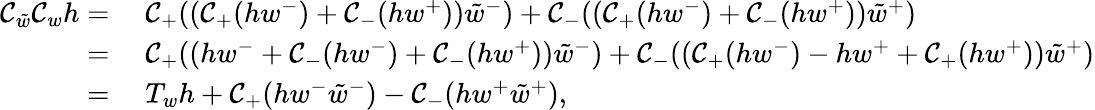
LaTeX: \begin{array}{rl}{\mathcal{C}_{\tilde{w}}\mathcal{C}_{w}h=}&{\; \mathcal{C}_{+}((\mathcal{C}_{+}(hw^{-})+\mathcal{C}_{-}(hw^{+}))\tilde{w}^{-})+\mathcal{C}_{-}((\mathcal{C}_{+}(hw^{-})+\mathcal{C}_{-}(hw^{+}))\tilde{w}^{+})}\\ {=}&{\; \mathcal{C}_{+}((hw^{-}+\mathcal{C}_{-}(hw^{-})+\mathcal{C}_{-}(hw^{+}))\tilde{w}^{-})+\mathcal{C}_{-}((\mathcal{C}_{+}(hw^{-})-hw^{+}+\mathcal{C}_{+}(hw^{+}))\tilde{w}^{+})}\\ {=}&{\; T_{w}h+\mathcal{C}_{+}(hw^{-}\tilde{w}^{-})-\mathcal{C}_{-}(hw^{+}\tilde{w}^{+}),}\end{array}